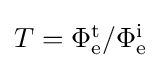
{\textstyle T=\Phi _{\mathrm {e} }^{\mathrm {t} }/\Phi _{\mathrm {e} }^{\mathrm {i} }}